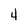
Character: 4